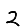
Digit: 2